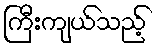
ကြီးကျယ်သည့်